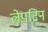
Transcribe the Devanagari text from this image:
लेपटिन